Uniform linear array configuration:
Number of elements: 4
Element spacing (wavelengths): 1
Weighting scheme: hamming
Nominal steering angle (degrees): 15
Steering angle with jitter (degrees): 16.079
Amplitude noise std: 0.05
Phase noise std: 0.05

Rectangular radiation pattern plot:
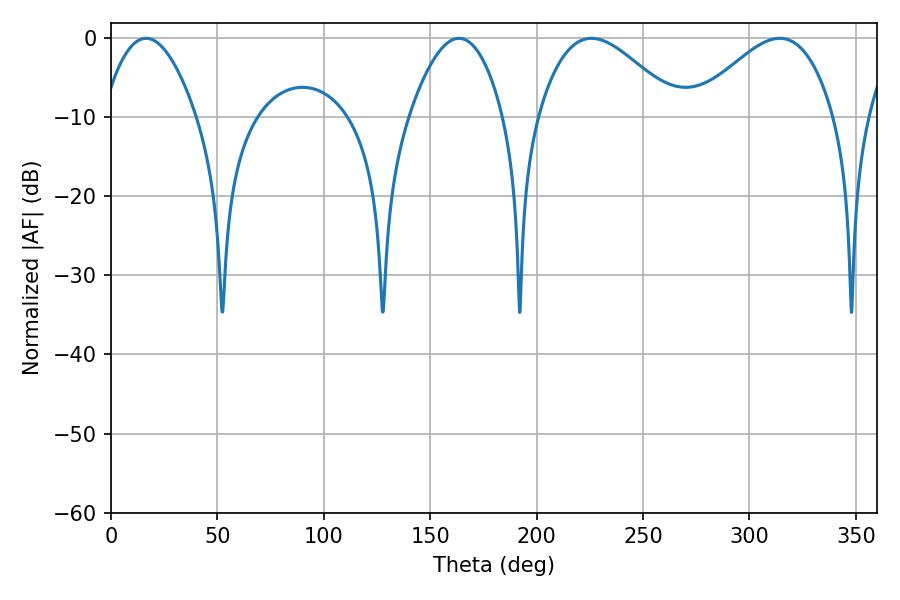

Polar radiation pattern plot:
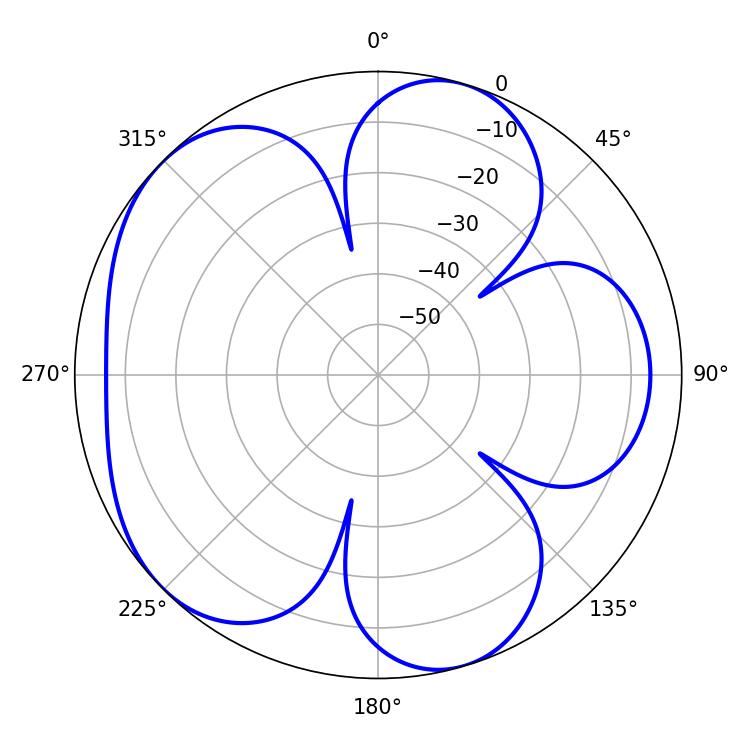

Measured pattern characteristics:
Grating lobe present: TRUE
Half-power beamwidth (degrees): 35.46
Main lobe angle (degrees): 225.72